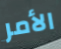
الأمر